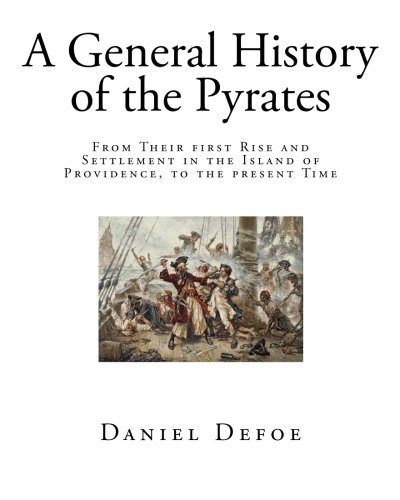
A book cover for A General History of the Pyrates: From Their first RISE and SETTLEMENT in the Island of Providence, to the present Time (Pirates - History); Daniel Defoe; Law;